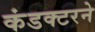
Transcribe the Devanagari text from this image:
कंडक्टरने